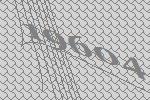
19604